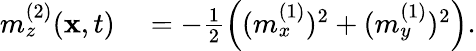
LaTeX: \begin{array}{rl}{m_{z}^{(2)}(\mathbf{x},t)}&{{}=-\frac{1}{2}\left((m_{x}^{(1)})^{2}+(m_{y}^{(1)})^{2}\right).}\end{array}